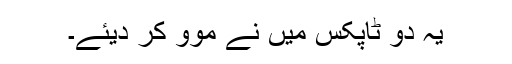
یہ دو ٹاپکس میں نے موو کر دیئے۔